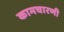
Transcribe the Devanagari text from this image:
कामचारणी